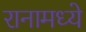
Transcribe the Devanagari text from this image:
रानामध्ये